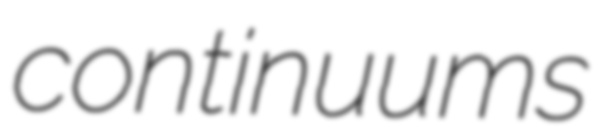
continuums